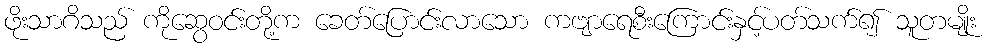
ဖိုးသာဂိသည် ကိုဆွေဝင်းတို့က ခေတ်ပြောင်းလာသော ကဗျာရေစီးကြောင်းနှင့်ပတ်သက်၍ သူတမျိုး